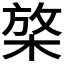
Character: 𱣬